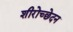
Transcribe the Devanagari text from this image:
शीरोच्छेदन